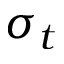
\sigma _ { t }